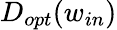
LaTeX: D_{opt}(w_{in})